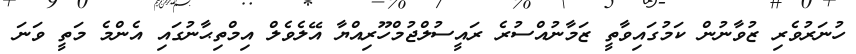
ހުނަރުވެރި ޒުވާނުން ކަމުގައިވާތީ ޒަމާނުއްސުރެ ރައީސުލްޖުމްހޫރިއްޔާ އޭލެވެލް އިމްތިޙާނުގައި އެންމެ މަތީ ވަނަ